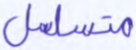
متسلسل